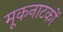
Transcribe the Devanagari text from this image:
मूकनाटकों